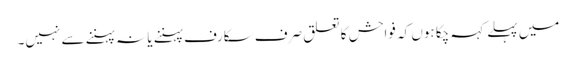
میں پہلے کہہ چکا ہوں کہ فواحش کا تعلق صرف سکارف پہننے یا نہ پہننے سے نہیں۔